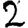
Digit: 2